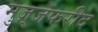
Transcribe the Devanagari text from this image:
मुज़्जफरीद